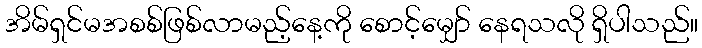
အိမ်ရှင်မအစစ်ဖြစ်လာမည့်နေ့ကို စောင့်မျှော် နေရသလို ရှိပါသည်။